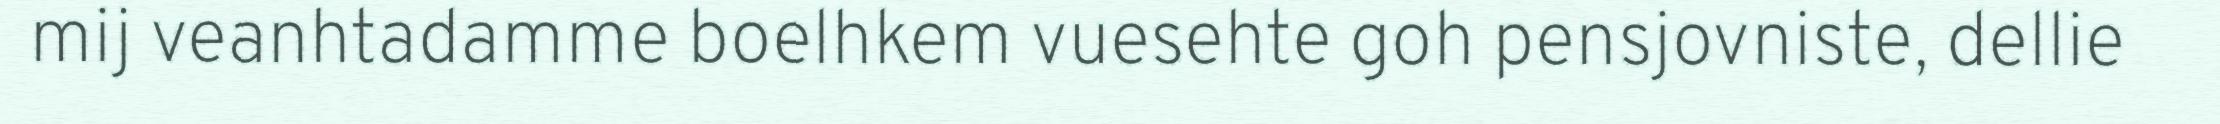
mij veanhtadamme boelhkem vuesehte goh pensjovniste, dellie